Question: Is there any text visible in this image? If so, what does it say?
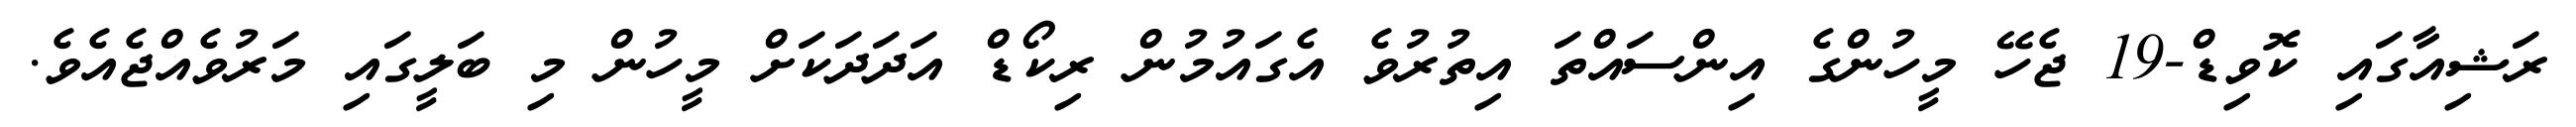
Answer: ރަޝިއާގައި ކޮވިޑް-19 ޖެހޭ މީހުންގެ އިންސައްތަ އިތުރުވެ އެގައުމުން ރިކޯޑް އަދަދަކަށް މީހުން މި ބަލީގައި މަރުވެއްޖެއެވެ.